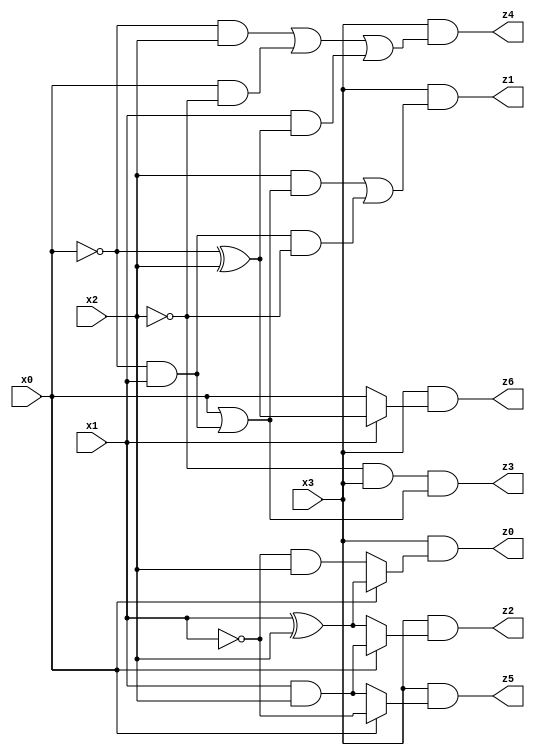
// Benchmark "mult_3x1_84" written by ABC on Wed Jun 28 02:11:37 2023

module mult_3x1_84 ( 
    x0, x1, x2, x3,
    z0, z1, z2, z3, z4, z5, z6  );
  input  x0, x1, x2, x3;
  output z0, z1, z2, z3, z4, z5, z6;
  assign z0 = x3 & (x0 ? (x1 ^ x2) : (~x1 & x2));
  assign z1 = x3 & ((x2 & (x0 | (~x0 & x1))) | (~x0 & x1 & ~x2));
  assign z2 = x3 & (x0 ? (x1 & x2) : (x1 ^ x2));
  assign z3 = ~x2 & x3 & (x0 | (~x0 & x1));
  assign z4 = x3 & ((~x0 & x2) | (x0 & ~x2) | (x1 & (~x0 ^ x2)));
  assign z5 = x3 & (x0 ? ~x1 : (x1 & x2));
  assign z6 = x3 & (x1 ? (~x0 ^ x2) : x0);
endmodule